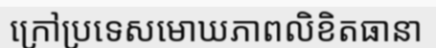
ក្រៅប្រទេសមោឃភាពលិខិតធានា